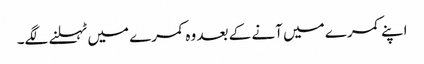
اپنے کمرے میں آنے کے بعد وہ کمرے میں ٹہلنے لگے۔